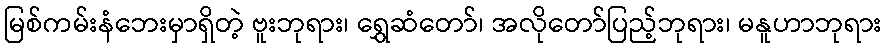
မြစ်ကမ်းနံဘေးမှာရှိတဲ့ ဗူးဘုရား၊ ရွှေဆံတော်၊ အလိုတော်ပြည့်ဘုရား၊ မနူဟာဘုရား